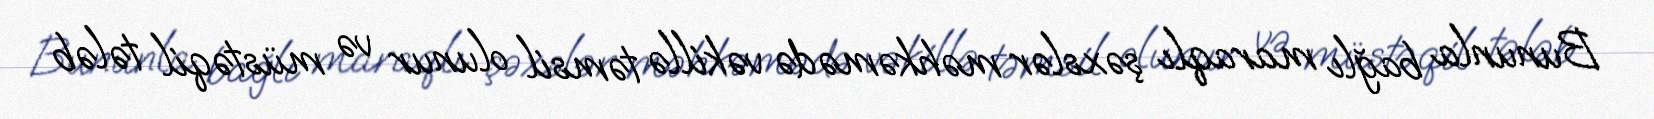
Bununla bağlı maraqlı şəxslər məhkəmədə vəkillə təmsil olunur və müstəqil tələb